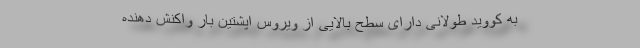
به کووید طولانی دارای سطح بالایی از ویروس اپشتین بار واکنش‌ دهنده